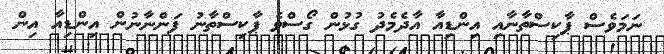
ނަމަވެސް ޕާކިސްތާނާއި އިންޑިއާ އާދެމެދު ގުޅުން ގޯސްވެ ޕާކިސްތާނު ފަންނާނުން އިންޑިއާ އިން